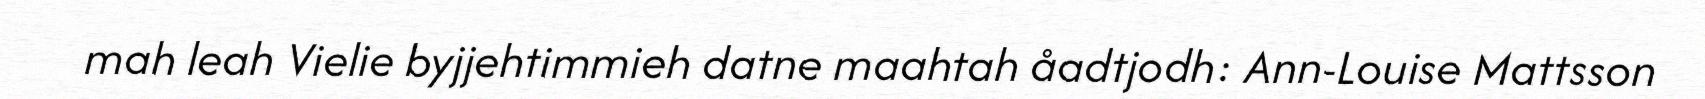
mah leah Vielie byjjehtimmieh datne maahtah åadtjodh: Ann-Louise Mattsson